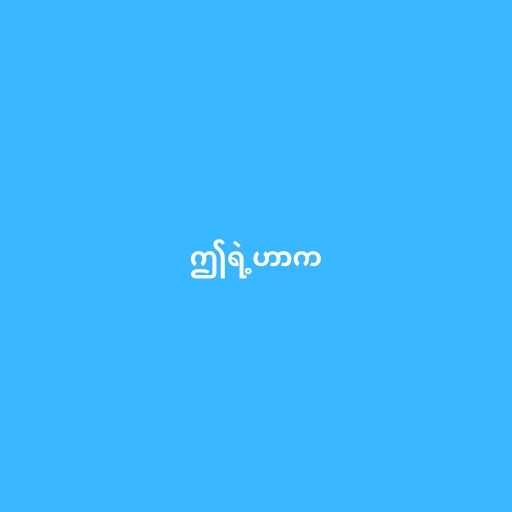
ဤရဲ့ဟာက